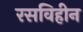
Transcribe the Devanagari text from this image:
रसविहीन